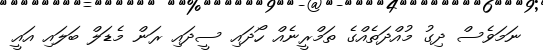
ނަމަވެސް ދިގު މުއްދަތެއްގެ ތަމްރީނެއް ހޯދައި ސީދައި ރަން މެޑަލް ބަލައި އައީ